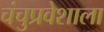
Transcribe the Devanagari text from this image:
चंचुप्रवेशाला